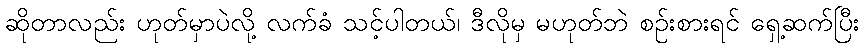
ဆိုတာလည်း ဟုတ်မှာပဲလို့ လက်ခံ သင့်ပါတယ်၊ ဒီလိုမှ မဟုတ်ဘဲ စဉ်းစားရင် ရှေ့ဆက်ပြီး